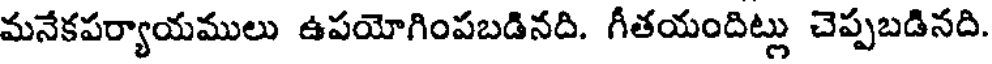
మనేకపర్యాయములు ఉపయోగింపబడినది. గీతయందిట్లు చెప్పబడినది.